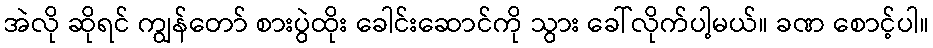
အဲလို ဆိုရင် ကျွန်တော် စားပွဲထိုး ခေါင်းဆောင်ကို သွား ခေါ်လိုက်ပါ့မယ်။ ခဏ စောင့်ပါ။